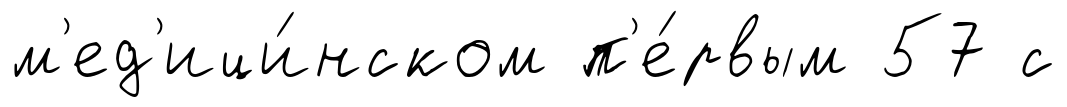
м'ед'ици́нском п'е́рвым 57 с